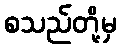
စသည်တို့မှ